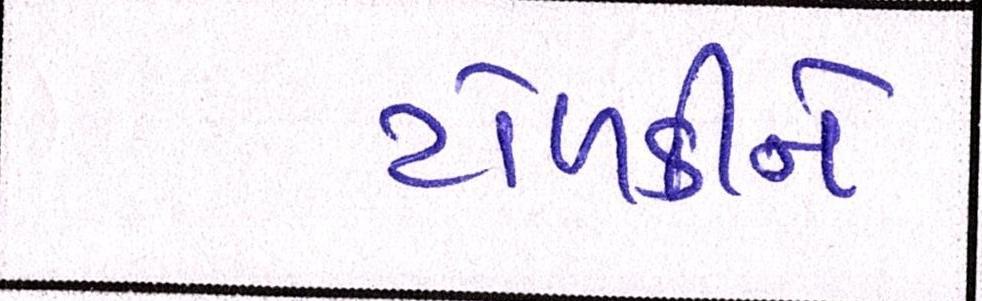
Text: ટોળકીને